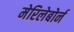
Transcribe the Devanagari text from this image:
मेरिलेबोर्न